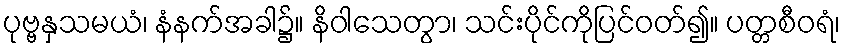
ပုဗ္ဗနှသမယံ၊ နံနက်အခါ၌။ နိဝါသေတွာ၊ သင်းပိုင်ကိုပြင်ဝတ်၍။ ပတ္တစီဝရံ၊